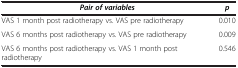
| Pair of variables | p |
 | --- | --- |
 | VAS 1 month post radiotherapy vs. VAS pre radiotherapy | 0.010 |
 | VAS 6 months post radiotherapy vs. VAS pre radiotherapy | 0.009 |
 | VAS 6 months post radiotherapy vs. VAS 1 month post radiotherapy | 0.546 |